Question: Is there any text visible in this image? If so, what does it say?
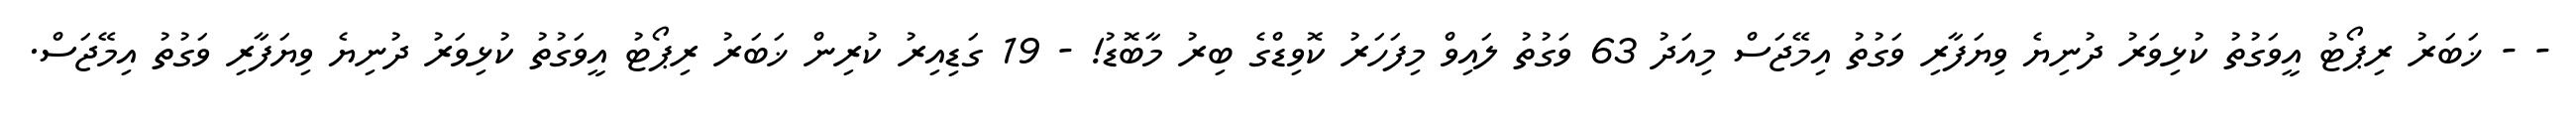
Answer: - - ޚަބަރު ރިޕޯޓު އީވަގުތު ކުޅިވަރު ދުނިޔެ ވިޔަފާރި ވަގުތު އިމޭޖަސް މިއަދު 63 ވަގުތު ލައިވް މިފަހަރު ކޮވިޑްގެ ބިރު މާބޮޑު! - 19 ގަޑިއިރު ކުރިން ޚަބަރު ރިޕޯޓު އީވަގުތު ކުޅިވަރު ދުނިޔެ ވިޔަފާރި ވަގުތު އިމޭޖަސް.